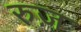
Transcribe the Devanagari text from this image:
रुज़